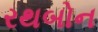
રથબોન